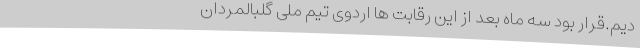
دیم.قرار بود سه ماه بعد از این رقابت ها اردوی تیم ملی گلبالمردان